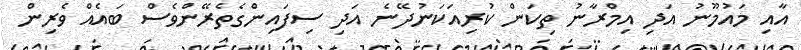
އާއި މައުމޫނު އަދި އިމްރާނު ތިކަން ކުރިއަކަނުދޭނެ އަދި ސިފައިންގެތެރޭންވެސް ބައެއް ވެރިން